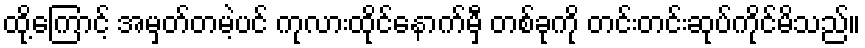
ထို့ကြောင့် အမှတ်တမဲ့ပင် ကုလားထိုင်နောက်မှီ တစ်ခုကို တင်းတင်းဆုပ်ကိုင်မိသည်။